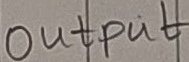
Text: Output